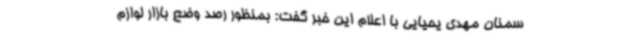
سمنان مهدی یحیایی با اعلام این خبر گفت: بمنظور رصد وضع بازار لوازم